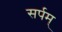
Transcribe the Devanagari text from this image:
सर्पम्